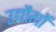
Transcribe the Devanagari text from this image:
उद्यौगों